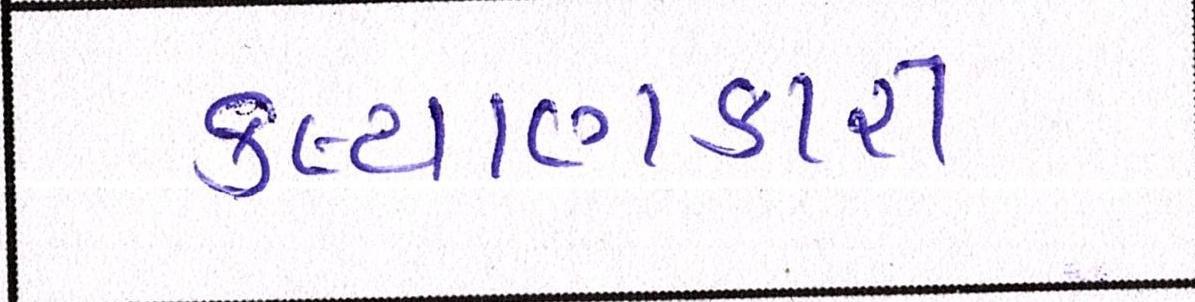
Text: કલ્યાણકારી